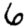
Digit: 6